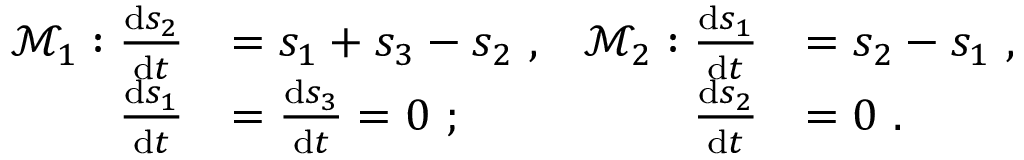
\begin{array} { r l r l } { \mathcal { M } _ { 1 } : \frac { \mathrm { d } s _ { 2 } } { \mathrm { d } t } } & { = s _ { 1 } + s _ { 3 } - s _ { 2 } \ , } & { \mathcal { M } _ { 2 } : \frac { \mathrm { d } s _ { 1 } } { \mathrm { d } t } } & { = s _ { 2 } - s _ { 1 } \ , } \\ { \frac { \mathrm { d } s _ { 1 } } { \mathrm { d } t } } & { = \frac { \mathrm { d } s _ { 3 } } { \mathrm { d } t } = 0 \ ; } & { \frac { \mathrm { d } s _ { 2 } } { \mathrm { d } t } } & { = 0 \ . } \end{array}